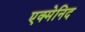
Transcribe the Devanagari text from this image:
एक्मेनिद